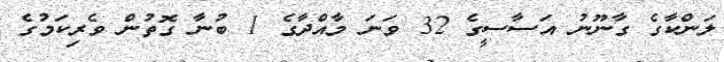
ލަންކާގެ ގާނޫނު އަސާސީގެ 32 ވަނަ މާއްދާގެ 1 ބުނާ ގޮތުން ވެރިކަމުގެ